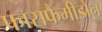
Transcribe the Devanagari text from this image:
फासफैमीडोन